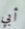
أبي